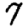
Digit: 7